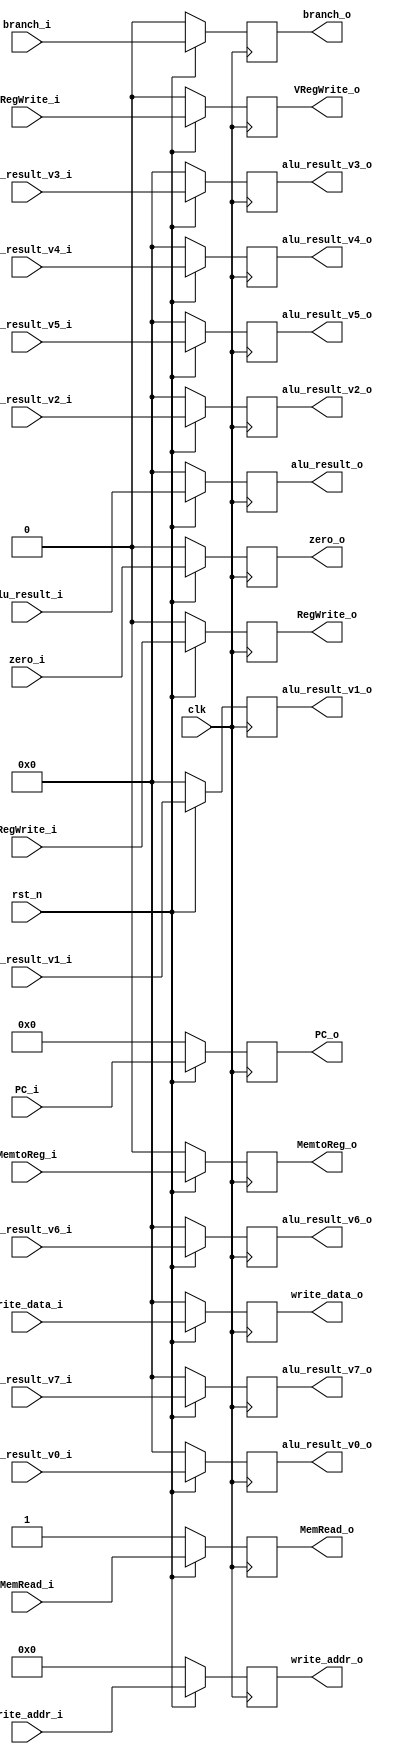
module EX_MEM(

	input clk,
	input rst_n,
	input [15:0] PC_i,
	input RegWrite_i,
	input [31:0] alu_result_i,
  	input [4:0] write_addr_i,	// register addr
    input [31:0] write_data_i, // mem data

	input MemRead_i,	// low activa
  	input zero_i,
	input MemtoReg_i,
	input branch_i,
    // input [31:0] read_data2_i,
    input [31:0] alu_result_v0_i,
    input [31:0] alu_result_v1_i,
    input [31:0] alu_result_v2_i,
    input [31:0] alu_result_v3_i,
    input [31:0] alu_result_v4_i,
    input [31:0] alu_result_v5_i,
    input [31:0] alu_result_v6_i,
    input [31:0] alu_result_v7_i,
    input VRegWrite_i,
	// output
	output reg RegWrite_o,
	output reg [31:0] alu_result_o,
	output reg MemRead_o, // high activa
	output reg [15:0] PC_o,
  	output reg [4:0] write_addr_o, // register addr

    output reg [31:0] write_data_o, // mem data
  	output reg zero_o,
	output reg MemtoReg_o,
	output reg branch_o,
    // output reg [31:0] read_data2_o,
    output reg [31:0] alu_result_v0_o,
    output reg [31:0] alu_result_v1_o,
    output reg [31:0] alu_result_v2_o,
    output reg [31:0] alu_result_v3_o,
    output reg [31:0] alu_result_v4_o,
    output reg [31:0] alu_result_v5_o,
    output reg [31:0] alu_result_v6_o,
    output reg [31:0] alu_result_v7_o,
    output reg VRegWrite_o


);
always @(posedge clk) begin
    if (!rst_n) begin
        RegWrite_o      <= 0;
        alu_result_o    <= 0;
        MemRead_o       <= 1;
        PC_o            <= 0;
        write_addr_o    <= 0;
        write_data_o    <= 0;
        zero_o          <= 0;
        MemtoReg_o      <= 0;
        branch_o        <= 0;
        // read_data2_o    <= 0;
        alu_result_v0_o <= 0; 
        alu_result_v1_o <= 0;
        alu_result_v2_o <= 0;
        alu_result_v3_o <= 0;
        alu_result_v4_o <= 0;
        alu_result_v5_o <= 0;
        alu_result_v6_o <= 0;
        alu_result_v7_o <= 0;
        VRegWrite_o     <= 0;
    end
    else begin
        RegWrite_o      <= RegWrite_i;
        alu_result_o    <= alu_result_i;
        MemRead_o       <= MemRead_i;
        PC_o            <= PC_i;
        write_addr_o    <= write_addr_i;
        write_data_o    <= write_data_i;
        zero_o          <= zero_i;
        MemtoReg_o      <= MemtoReg_i;
        branch_o        <= branch_i;
        // read_data2_o    <= read_data2_i;
        alu_result_v0_o <= alu_result_v0_i; 
        alu_result_v1_o <= alu_result_v1_i;
        alu_result_v2_o <= alu_result_v2_i;
        alu_result_v3_o <= alu_result_v3_i;
        alu_result_v4_o <= alu_result_v4_i;
        alu_result_v5_o <= alu_result_v5_i;
        alu_result_v6_o <= alu_result_v6_i;
        alu_result_v7_o <= alu_result_v7_i;
        VRegWrite_o     <= VRegWrite_i;

    end
end


endmodule